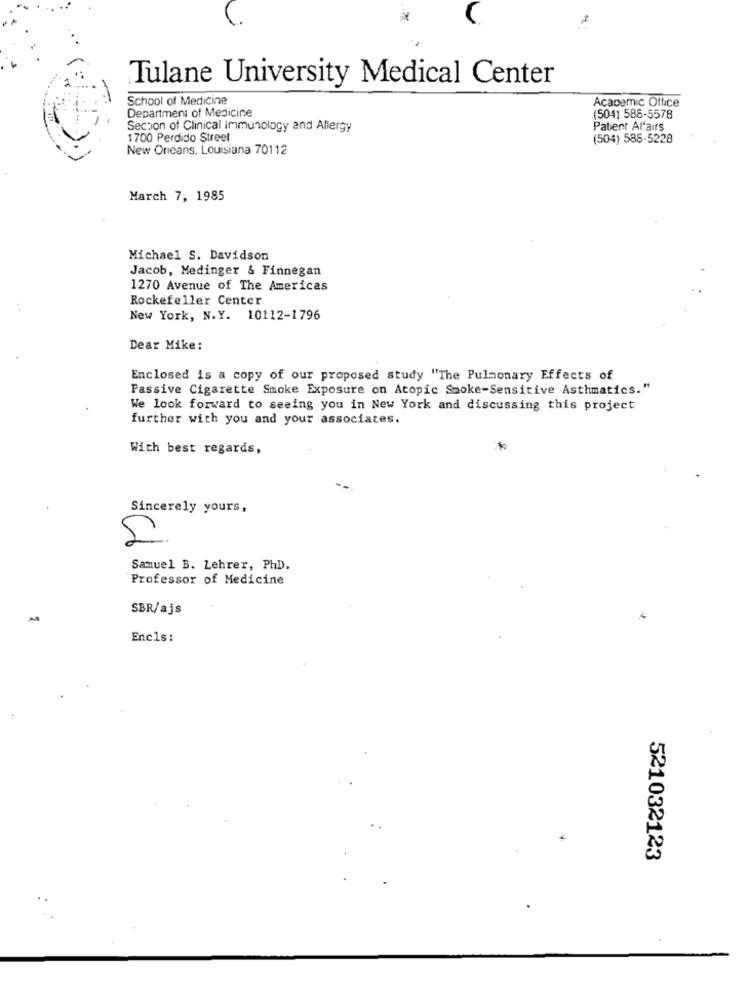
Tulane University Medical Center
School of Medicine
Academic Office
Department of Medicine
(504) 588-5578
Section of Clinical immunology and Allergy
Patient Al'airs
1700 Perdido Street
(504) 586-5228
New Orleans, Louisiana 70112
March 7, 1985
Michael S. Davidson
Jacob, Medinger & Finnegan
1270 Avenue of The Americas
Rockefeller Center
New York, N.Y. 10112-1796
Dear Mike:
Enclosed is a copy of our proposed study "The Pulmonary Effects of
Passive Cigarette Smoke Exposure on Atopic Smoke-Sensitive Asthmatics."
We look forward to seeing you in New York and discussing this project
further with you and your associates.
With best regards,
%
Sincerely yours,
Samuel B. Lehrer, PhD.
Professor of Medicine
SBR/ajs
Encls:
521032123